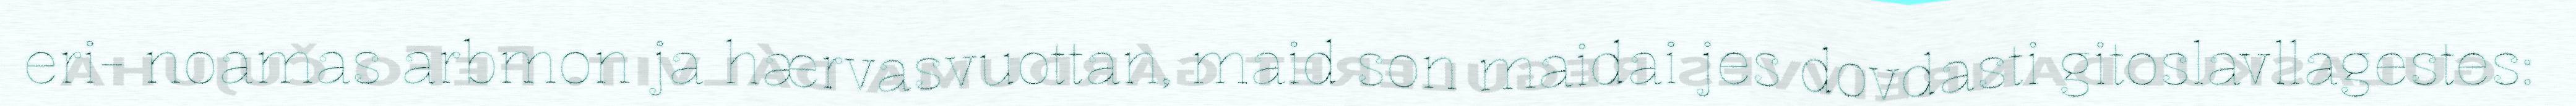
eri- noamas arbmon ja hærvasvuottan, maid son maidai jes dovdasti gitoslavllagestes: